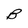
Character: B